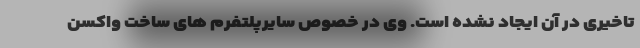
تاخیری در آن ایجاد نشده است. وی در خصوص سایرپلتفرم های ساخت واکسن